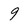
Character: 9